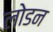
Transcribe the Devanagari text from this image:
लोडन